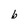
Character: b